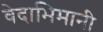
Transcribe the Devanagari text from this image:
वेदाभिमानी